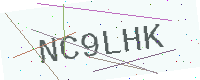
Text: NC9LHK